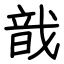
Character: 戠